Annual report of the Punjab Veterinary College and of the Civil Veterinary Department, Punjab - 1920-1925
Year: 1920
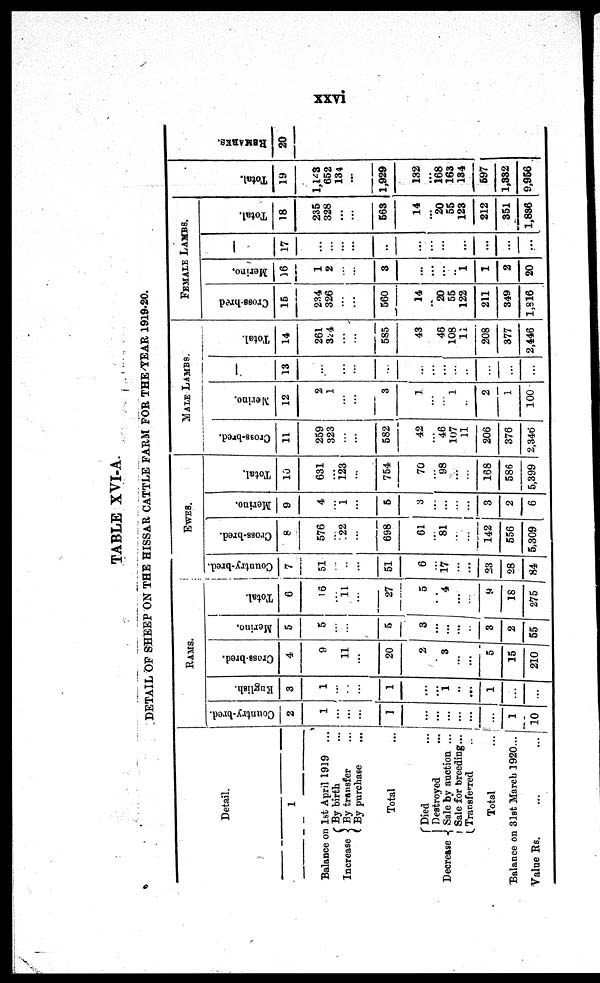
xxvi
TABLE XVI-A.
DETAIL OF SHEEP O N THE HISSAR CATTLE FARM F O R THE YEAR 1919-20.
Detail.
1
Bal ance o n 1st April 1919 ...
Increase
{
B y birth ...
B y transfer ...
B y purchase ...
Total
Decrease
{
Di ed
Dest royed
Sale by auction ...
Sale f or breeding...
Transferred ..
Total
Balance on 31st March 1920...
Value Rs.
...
...
RAMS.
Country-bred.
2
1
...
...
1
...
...
...
...
...
...
1
10
English.
3
1
... ...
...
1
...
...
1
...
...
1
...
...
Cross-bred.
4
9
... 11
...
20
2
...
3
...
...
5
15
210
Merino.
5
5
... ...
...
5
3
...
...
...
...
3
2
55
Total.
6
16
... 11
...
27
5
... 4
...
...
9
18
275
EWES.
Country-bred.
7
51
... ...
...
51
6
...
17
...
...
23
28
84
Cross-bred.
8
576
... 22
...
698
61
... 81
...
...
142
556
5, 309
Merino.
9
4
... 1
...
5
3
...
...
...
...
3
2
6
Total.
10
631
... 123
...
754
70
... 98
...
...
168
586
5, 399
MALE LAMBS.
Cross-bred.
11
259
323
...
...
582
42
... 46
107
11
206
376
2, 346
Merino.
12
2
1
...
...
3
1
...
... 1
...
2
1
100
13
...
... ...
...
...
...
...
...
...
...
...
...
...
Total.
14
261
324
...
...
585
43
46
108
11
208
377
2, 446
FEMALE
LAMBS.
Crossbred
15
234
326
...
...
560
14
...
20
55
122
211
349
1, 816
Merino.
16
1
2
...
...
3
...
...
...
...
1
1
2
20
1
17
...
... ...
...
...
...
...
...
...
...
...
...
...
Total.
18
235
328 ...
...
563
14
...
20
55
123
212
351
1, 836
Tot al .
19
1, 143
652 134
...
1, 929
132
...
168
163
134
697
1, 332
9, 956
RE MARKS .
20